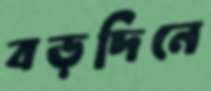
বড়দিনে